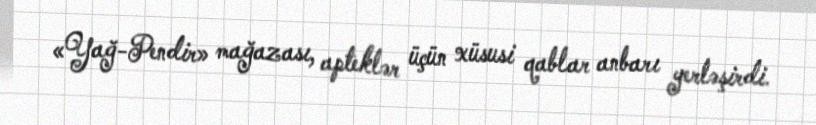
«Yağ-Pendir» mağazası, apteklər üçün xüsusi qablar anbarı yerləşirdi.